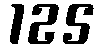
125